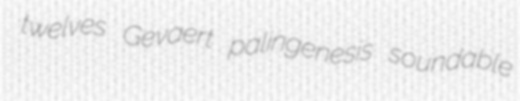
twelves Gevaert palingenesis soundable